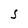
Character: S